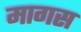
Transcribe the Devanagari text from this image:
मागस